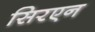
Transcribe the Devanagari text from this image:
सिरएन